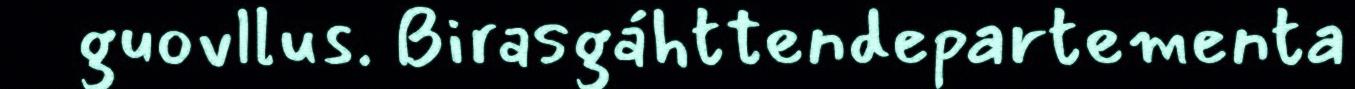
guovllus. Birasgáhttendepartementa